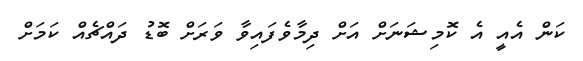
ކަން އެއީ އެ ކޮމިޝަނަށް އަށް ދިމާވެފައިވާ ވަރަށް ބޮޑު ދައްޗެއް ކަމަށް